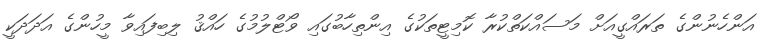
އަންހެނުންގެ ތަރައްގީއަށް މަސައްކަތްކުރާ ކޮމިޓީތަކުގެ އިންތިހާބުގައި ވޯޓްލުމުގެ ހައްޤު ލިބިފައިވާ މީހުންގެ އަދަދަކީ